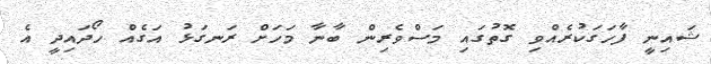
ޝައިނީ ފާހަގަކުރެއްވި ގޮތުގައި މަސްވެރިން ބާނާ މަހަށް ރަނގަޅު އަގެއް ހޯދައިދީ އެ